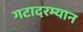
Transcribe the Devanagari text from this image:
गटादरम्यान